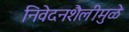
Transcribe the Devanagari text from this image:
निवेदनशैलीमुळे